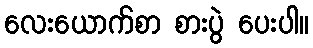
လေးယောက်စာ စားပွဲ ပေးပါ။